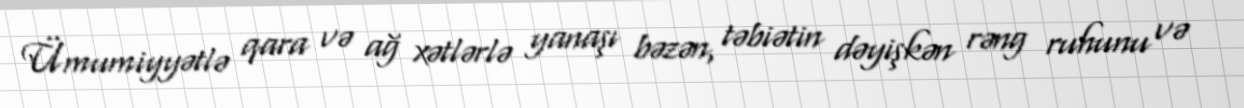
Ümumiyyətlə qara və ağ xətlərlə yanaşı bəzən, təbiətin dəyişkən rəng ruhunu və